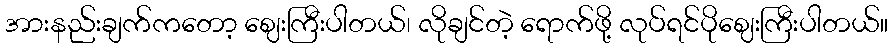
အားနည်းချက်ကတော့ ဈေးကြီးပါတယ်၊ လိုချင်တဲ့ ရောက်ဖို့ လုပ်ရင်ပိုဈေးကြီးပါတယ်။